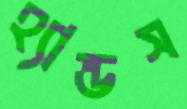
হ্যান্ডস